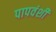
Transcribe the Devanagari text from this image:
पापवंशी